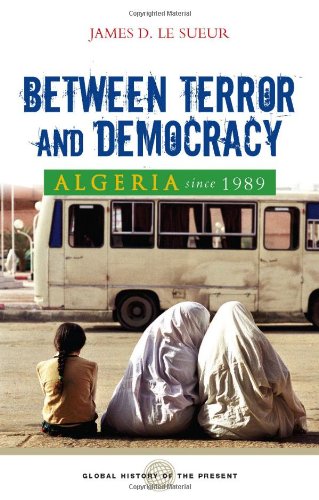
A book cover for Algeria Since 1989: Between Terror and Democracy (Global History of the Present); James D. Le Sueur; History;